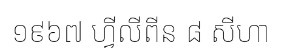
១៩៦៧ ហ្វីលីពីន ៨ សីហា